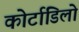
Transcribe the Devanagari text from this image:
कोर्टाडिलो